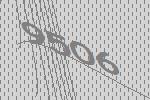
9506